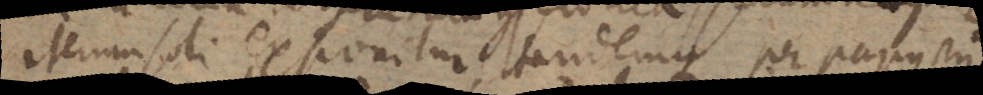
iterum soli exponitur, tandemque per papyrum